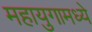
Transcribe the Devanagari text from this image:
महायुगामध्ये